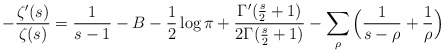
\begin{align*} -\frac{\zeta'(s)}{\zeta(s)} = \frac{1}{s-1} - B -\frac{1}{2} \log \pi + \frac{\Gamma'(\frac{s}{2}+1)}{2 \Gamma(\frac{s}{2}+1)} - \sum_{\rho} \Big(\frac{1}{s-\rho}+\frac{1}{\rho} \Big)\end{align*}